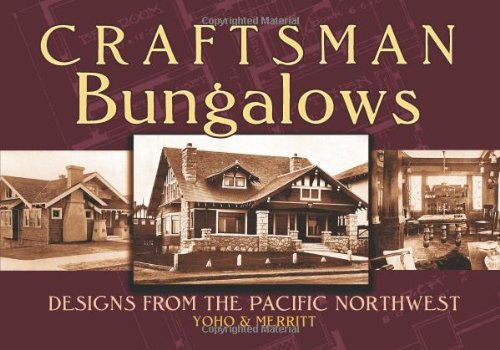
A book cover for Craftsman Bungalows: Designs from the Pacific Northwest (Dover Architecture); Crafts, Hobbies & Home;